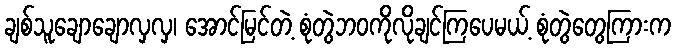
ချစ်သူချောချောလှလှ၊ အောင်မြင်တဲ့ စုံတွဲဘဝကိုလိုချင်ကြပေမယ့် စုံတွဲတွေကြားက